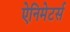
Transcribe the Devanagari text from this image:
ऐनिमेटर्स